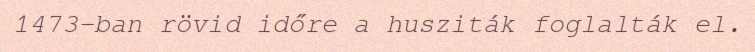
1473-ban rövid időre a husziták foglalták el.